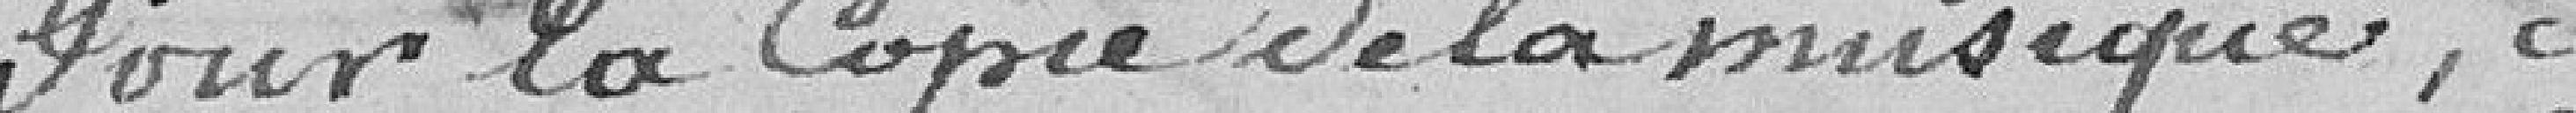
Pour la copie de la musique, à